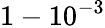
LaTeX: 1-10^{-3}